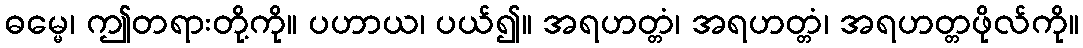
ဓမ္မေ၊ ဤတရားတို့ကို။ ပဟာယ၊ ပယ်၍။ အရဟတ္တံ၊ အရဟတ္တံ၊ အရဟတ္တဖိုလ်ကို။